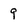
Character: 9